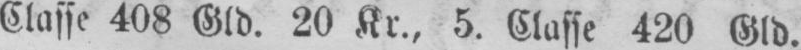
Classe 408 Gld. 20 Kr., 5. Classe 420 Gld.